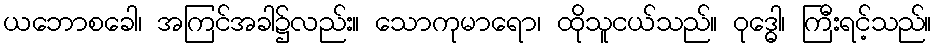
ယဘောစခေါ၊ အကြင်အခါ၌လည်း။ သောကုမာရော၊ ထိုသူငယ်သည်။ ဝုဒ္ဓေါ၊ ကြီးရင့်သည်။